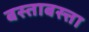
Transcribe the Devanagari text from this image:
बस्ताबस्त्ता